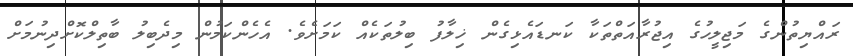
ރައްޔިތުންގެ މަޖިލީހުގެ އިޖުރާއަތްތަކާ ކަނޑައެޅިގެން ޚިލާފު ބިލުތަކެއް ކަމަށެވެ. އެހެންކަމުން މިދެބިލު ބާތިލްކޮށްދިނުމަށް